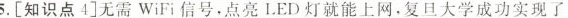
5.[知识点4]无需WiFi信号·点亮LED灯就能上网·复旦大学成功实现了